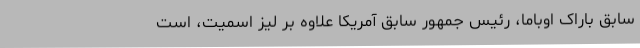
سابق باراک اوباما، رئیس جمهور سابق آمریکا علاوه بر لیز اسمیت، است